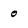
Character: o